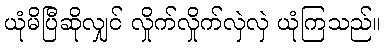
ယုံမိပြီဆိုလျှင် လှိုက်လှိုက်လှဲလှဲ ယုံကြသည်။